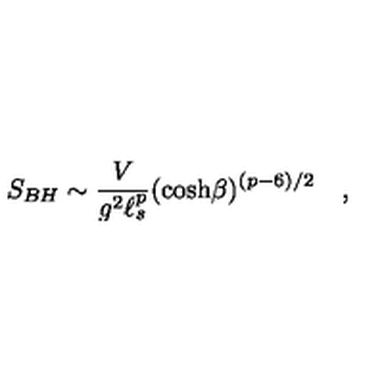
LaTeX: S _ { B H } \sim { \frac { V } { g ^ { 2 } \ell _ { s } ^ { p } } } ( \cosh \! \beta ) ^ { ( p - 6 ) / 2 } \quad ,